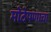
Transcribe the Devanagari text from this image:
मोठेपणाचा